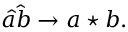
\hat { a } \hat { b } \rightarrow a \star b .